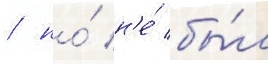
/ но́ н'е́ бы́л